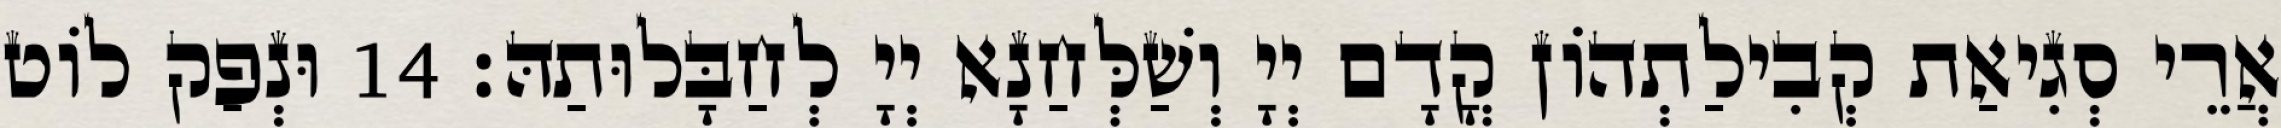
אֲרֵי סְגִיאַת קְבִילַתְהוֹן קֳדָם יְיָ וְשַׁלְּחַנָא יְיָ לְחַבָּלוּתַהּ׃ 14 וּנְפַק לוֹט